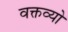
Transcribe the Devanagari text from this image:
वक्तव्यो